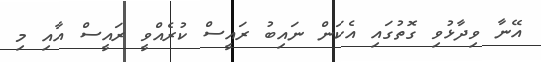
އޭނާ ވިދާޅުވި ގޮތުގައި އެކަން ނައިބު ރައީސް ކުރެއްވީ ރައީސް އާއި މި